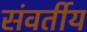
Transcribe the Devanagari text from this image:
संवर्तीय